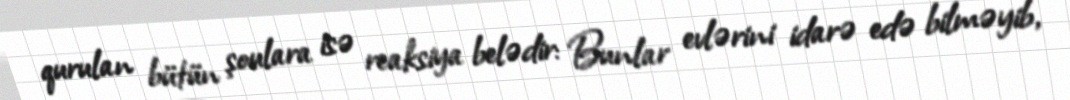
qurulan bütün şoulara isə reaksiya belədir: Bunlar evlərini idarə edə bilməyib,